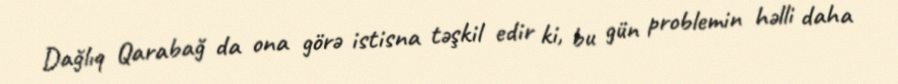
Dağlıq Qarabağ da ona görə istisna təşkil edir ki, bu gün problemin həlli daha